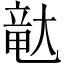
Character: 𪥛